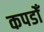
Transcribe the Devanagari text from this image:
कपडोँ